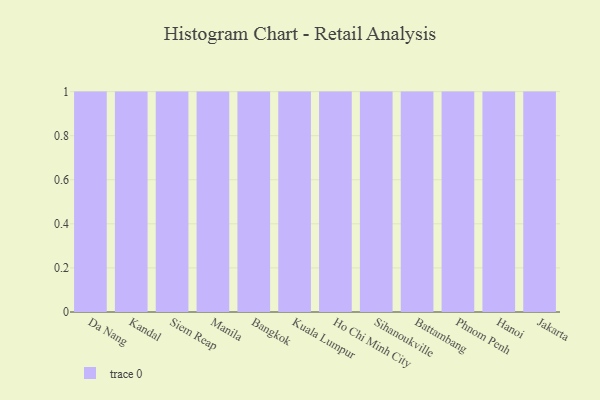
{"axis": {"x": "City", "y": "Waste Production (Tons)"}, "legend": [""], "data": [{"x": "Da Nang", "y": 44, "type": ""}, {"x": "Kandal", "y": 5, "type": ""}, {"x": "Siem Reap", "y": 51, "type": ""}, {"x": "Manila", "y": 56, "type": ""}, {"x": "Bangkok", "y": 42, "type": ""}, {"x": "Kuala Lumpur", "y": 83, "type": ""}, {"x": "Ho Chi Minh City", "y": 71, "type": ""}, {"x": "Sihanoukville", "y": 74, "type": ""}, {"x": "Battambang", "y": 61, "type": ""}, {"x": "Phnom Penh", "y": 73, "type": ""}, {"x": "Hanoi", "y": 16, "type": ""}, {"x": "Jakarta", "y": 87, "type": ""}]}